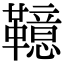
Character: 𩍖